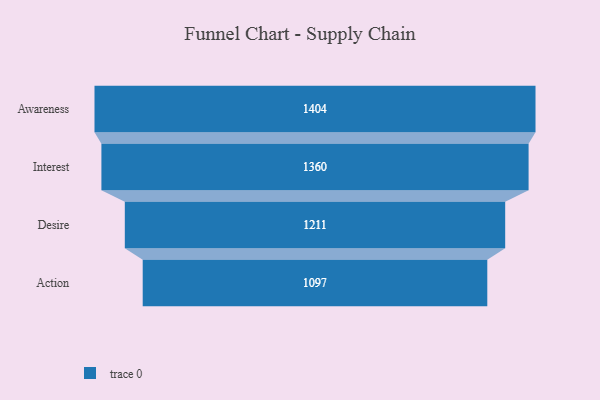
{"axis": {"x": "Stage", "y": "Value"}, "legend": [""], "data": [{"x": "Awareness", "y": 1404.0, "type": ""}, {"x": "Interest", "y": 1360.0, "type": ""}, {"x": "Desire", "y": 1211.0, "type": ""}, {"x": "Action", "y": 1097.0, "type": ""}]}